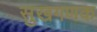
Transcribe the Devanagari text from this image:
सुखगणक